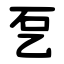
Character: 乭